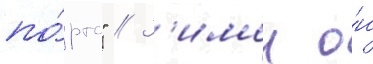
по́ртс" // З'имои о́н